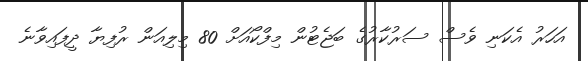
އަހަރު އެކަނި ވެސް ސަރުކާރުގެ ބަޖެޓުން މިފްކޯއަށް 80 މިލިއަން ރުފިޔާ ދީފައިވާނެ